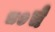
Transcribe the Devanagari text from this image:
८०चे